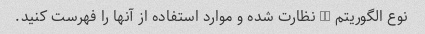
نوع الگوریتم ML نظارت شده و موارد استفاده از آنها را فهرست کنید.